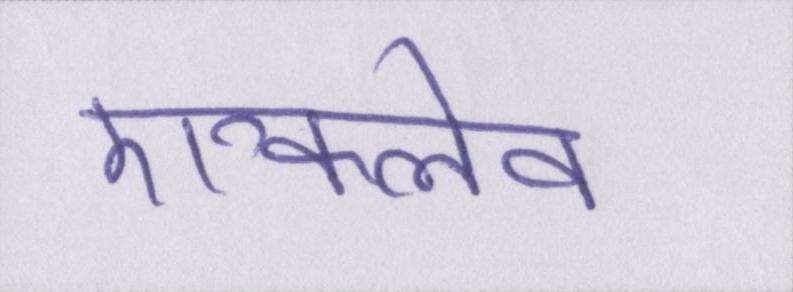
एन्क्लेव